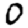
Digit: 0